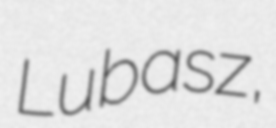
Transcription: Lubasz,